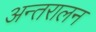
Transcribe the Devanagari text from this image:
अन्तरालन